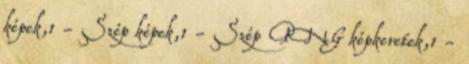
képek,1 - Szép képek,1 - Szép PNG képkeretek,1 -